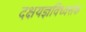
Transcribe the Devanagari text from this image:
दक्षयज्ञविध्वसंक